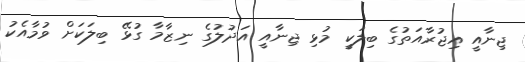
ޖިނާއީ އިޖުރާއަތުގެ ބިލަކީ މުޅި ޖިނާއީ އަދުލުގެ ނިޒާމާ ގުޅޭ ބިލަކަށް ވުމާއެކު